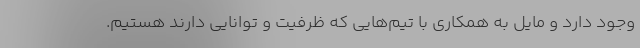
وجود دارد و مایل به همکاری با تیم‌هایی که ظرفیت و توانایی دارند هستیم.